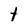
Character: t